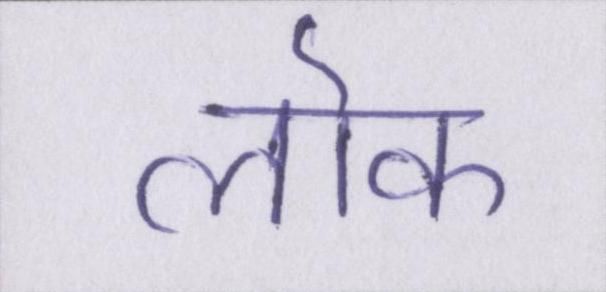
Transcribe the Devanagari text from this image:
लॊक